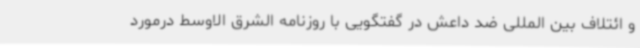
و ائتلاف بین المللی ضد داعش در گفتگویی با روزنامه الشرق الاوسط درمورد